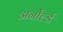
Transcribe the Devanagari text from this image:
अर्नोर्ल्ड